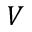
V